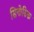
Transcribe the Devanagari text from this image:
सिनोडिक